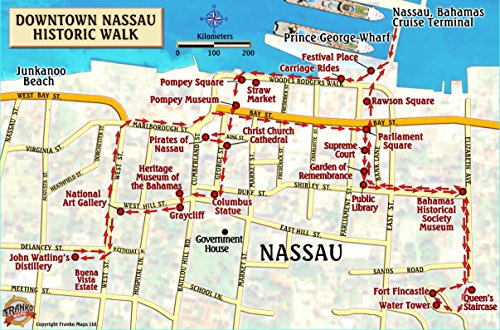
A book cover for Nassau Historic Walking Tour & New Providence Island Bahamas Maps Laminated Card; Franko Maps Ltd.; Travel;